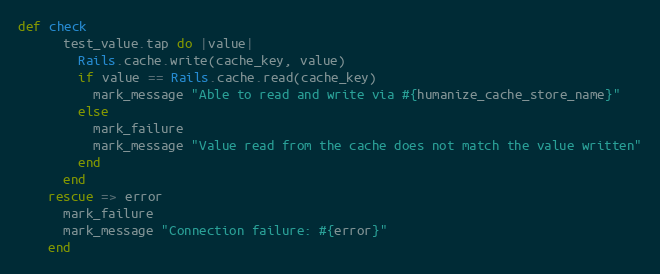
Language: Ruby
def check
      test_value.tap do |value|
        Rails.cache.write(cache_key, value)
        if value == Rails.cache.read(cache_key)
          mark_message "Able to read and write via #{humanize_cache_store_name}"
        else
          mark_failure
          mark_message "Value read from the cache does not match the value written"
        end
      end
    rescue => error
      mark_failure
      mark_message "Connection failure: #{error}"
    end